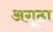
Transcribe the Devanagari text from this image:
अगूठा